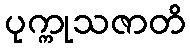
ပုက္ကုသဇာတိ